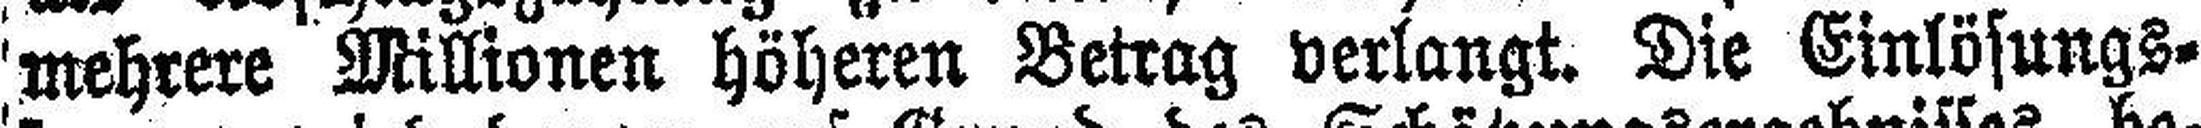
mehrere Millionen höheren Betrag verlangt. Die Einlösungs¬